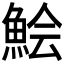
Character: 𩷆